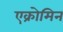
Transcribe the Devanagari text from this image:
एक्रोमिन